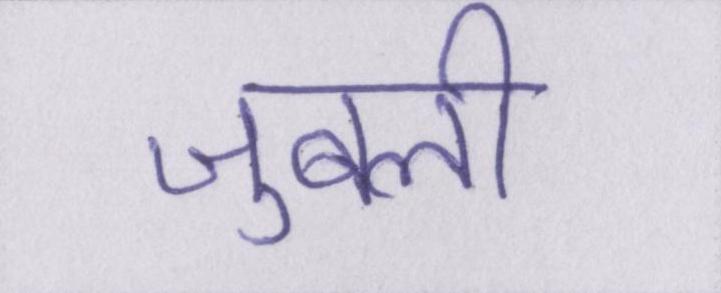
जुबली